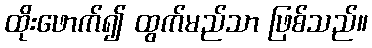
ထိုးဖောက်၍ ထွက်မည်သာ ဖြစ်သည်။